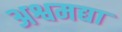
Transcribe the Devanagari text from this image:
अश्वमद्या